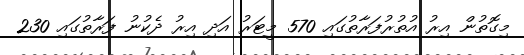
މިގޮތުން އިރު އުތުރުފަރާތުގައި 570 މީޓަރު އަދި އިރު ދެކުނު ފަރާތުގައި 230